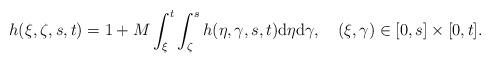
LaTeX: \begin{align*}h(\xi,\zeta,s,t)=1+M\int_{\xi}^t\int_{\zeta}^sh(\eta,\gamma,s,t)\mathrm{d}\eta \mathrm{d}\gamma,\quad(\xi,\gamma)\in[0,s]\times[0,t].\end{align*}